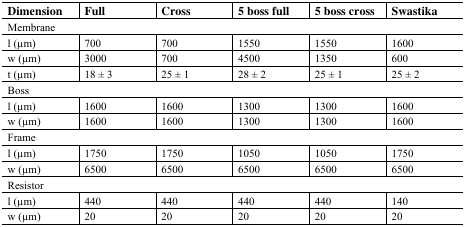
<table><thead><tr><td><b>Dimension</b></td><td><b>Full</b></td><td><b>Cross</b></td><td><b>5 boss full</b></td><td><b>5 boss cross</b></td><td><b>Swastika</b></td></tr></thead><tbody><tr><td colspan="6">Membrane</td></tr><tr><td>l (μm)</td><td>700</td><td>700</td><td>1550</td><td>1550</td><td>1600</td></tr><tr><td>w (μm)</td><td>3000</td><td>700</td><td>4500</td><td>1350</td><td>600</td></tr><tr><td>t (μm)</td><td>18 ± 3</td><td>25 ± 1</td><td>28 ± 2</td><td>25 ± 1</td><td>25 ± 2</td></tr><tr><td colspan="6">Boss</td></tr><tr><td>l (μm)</td><td>1600</td><td>1600</td><td>1300</td><td>1300</td><td>1600</td></tr><tr><td>w (μm)</td><td>1600</td><td>1600</td><td>1300</td><td>1300</td><td>1600</td></tr><tr><td colspan="6">Frame</td></tr><tr><td>l (μm)</td><td>1750</td><td>1750</td><td>1050</td><td>1050</td><td>1750</td></tr><tr><td>w (μm)</td><td>6500</td><td>6500</td><td>6500</td><td>6500</td><td>6500</td></tr><tr><td colspan="6">Resistor</td></tr><tr><td>l (μm)</td><td>440</td><td>440</td><td>440</td><td>440</td><td>140</td></tr><tr><td>w (μm)</td><td>20</td><td>20</td><td>20</td><td>20</td><td>20</td></tr></tbody></table>